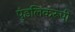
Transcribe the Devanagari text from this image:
पुंडलिकरूपी